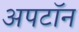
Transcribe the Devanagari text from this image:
अपटॉन